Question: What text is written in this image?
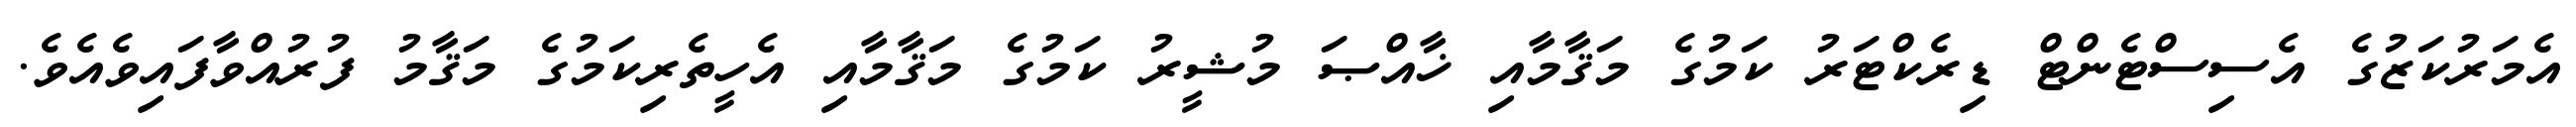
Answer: އެމަރުކަޒުގެ އެސިސްޓެންޓް ޑިރެކްޓަރު ކަމުގެ މަޤާމާއި ޚާއްޞަ މުޝީރު ކަމުގެ މަޤާމާއި އެހީތެރިކަމުގެ މަޤާމު ފުރުއްވާފައިވެއެވެ.